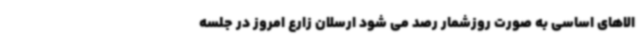
الاهای اساسی به صورت روزشمار رصد می شود ارسلان زارع امروز در جلسه